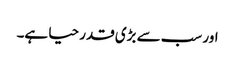
اور سب سے بڑی قدر حیا ہے۔